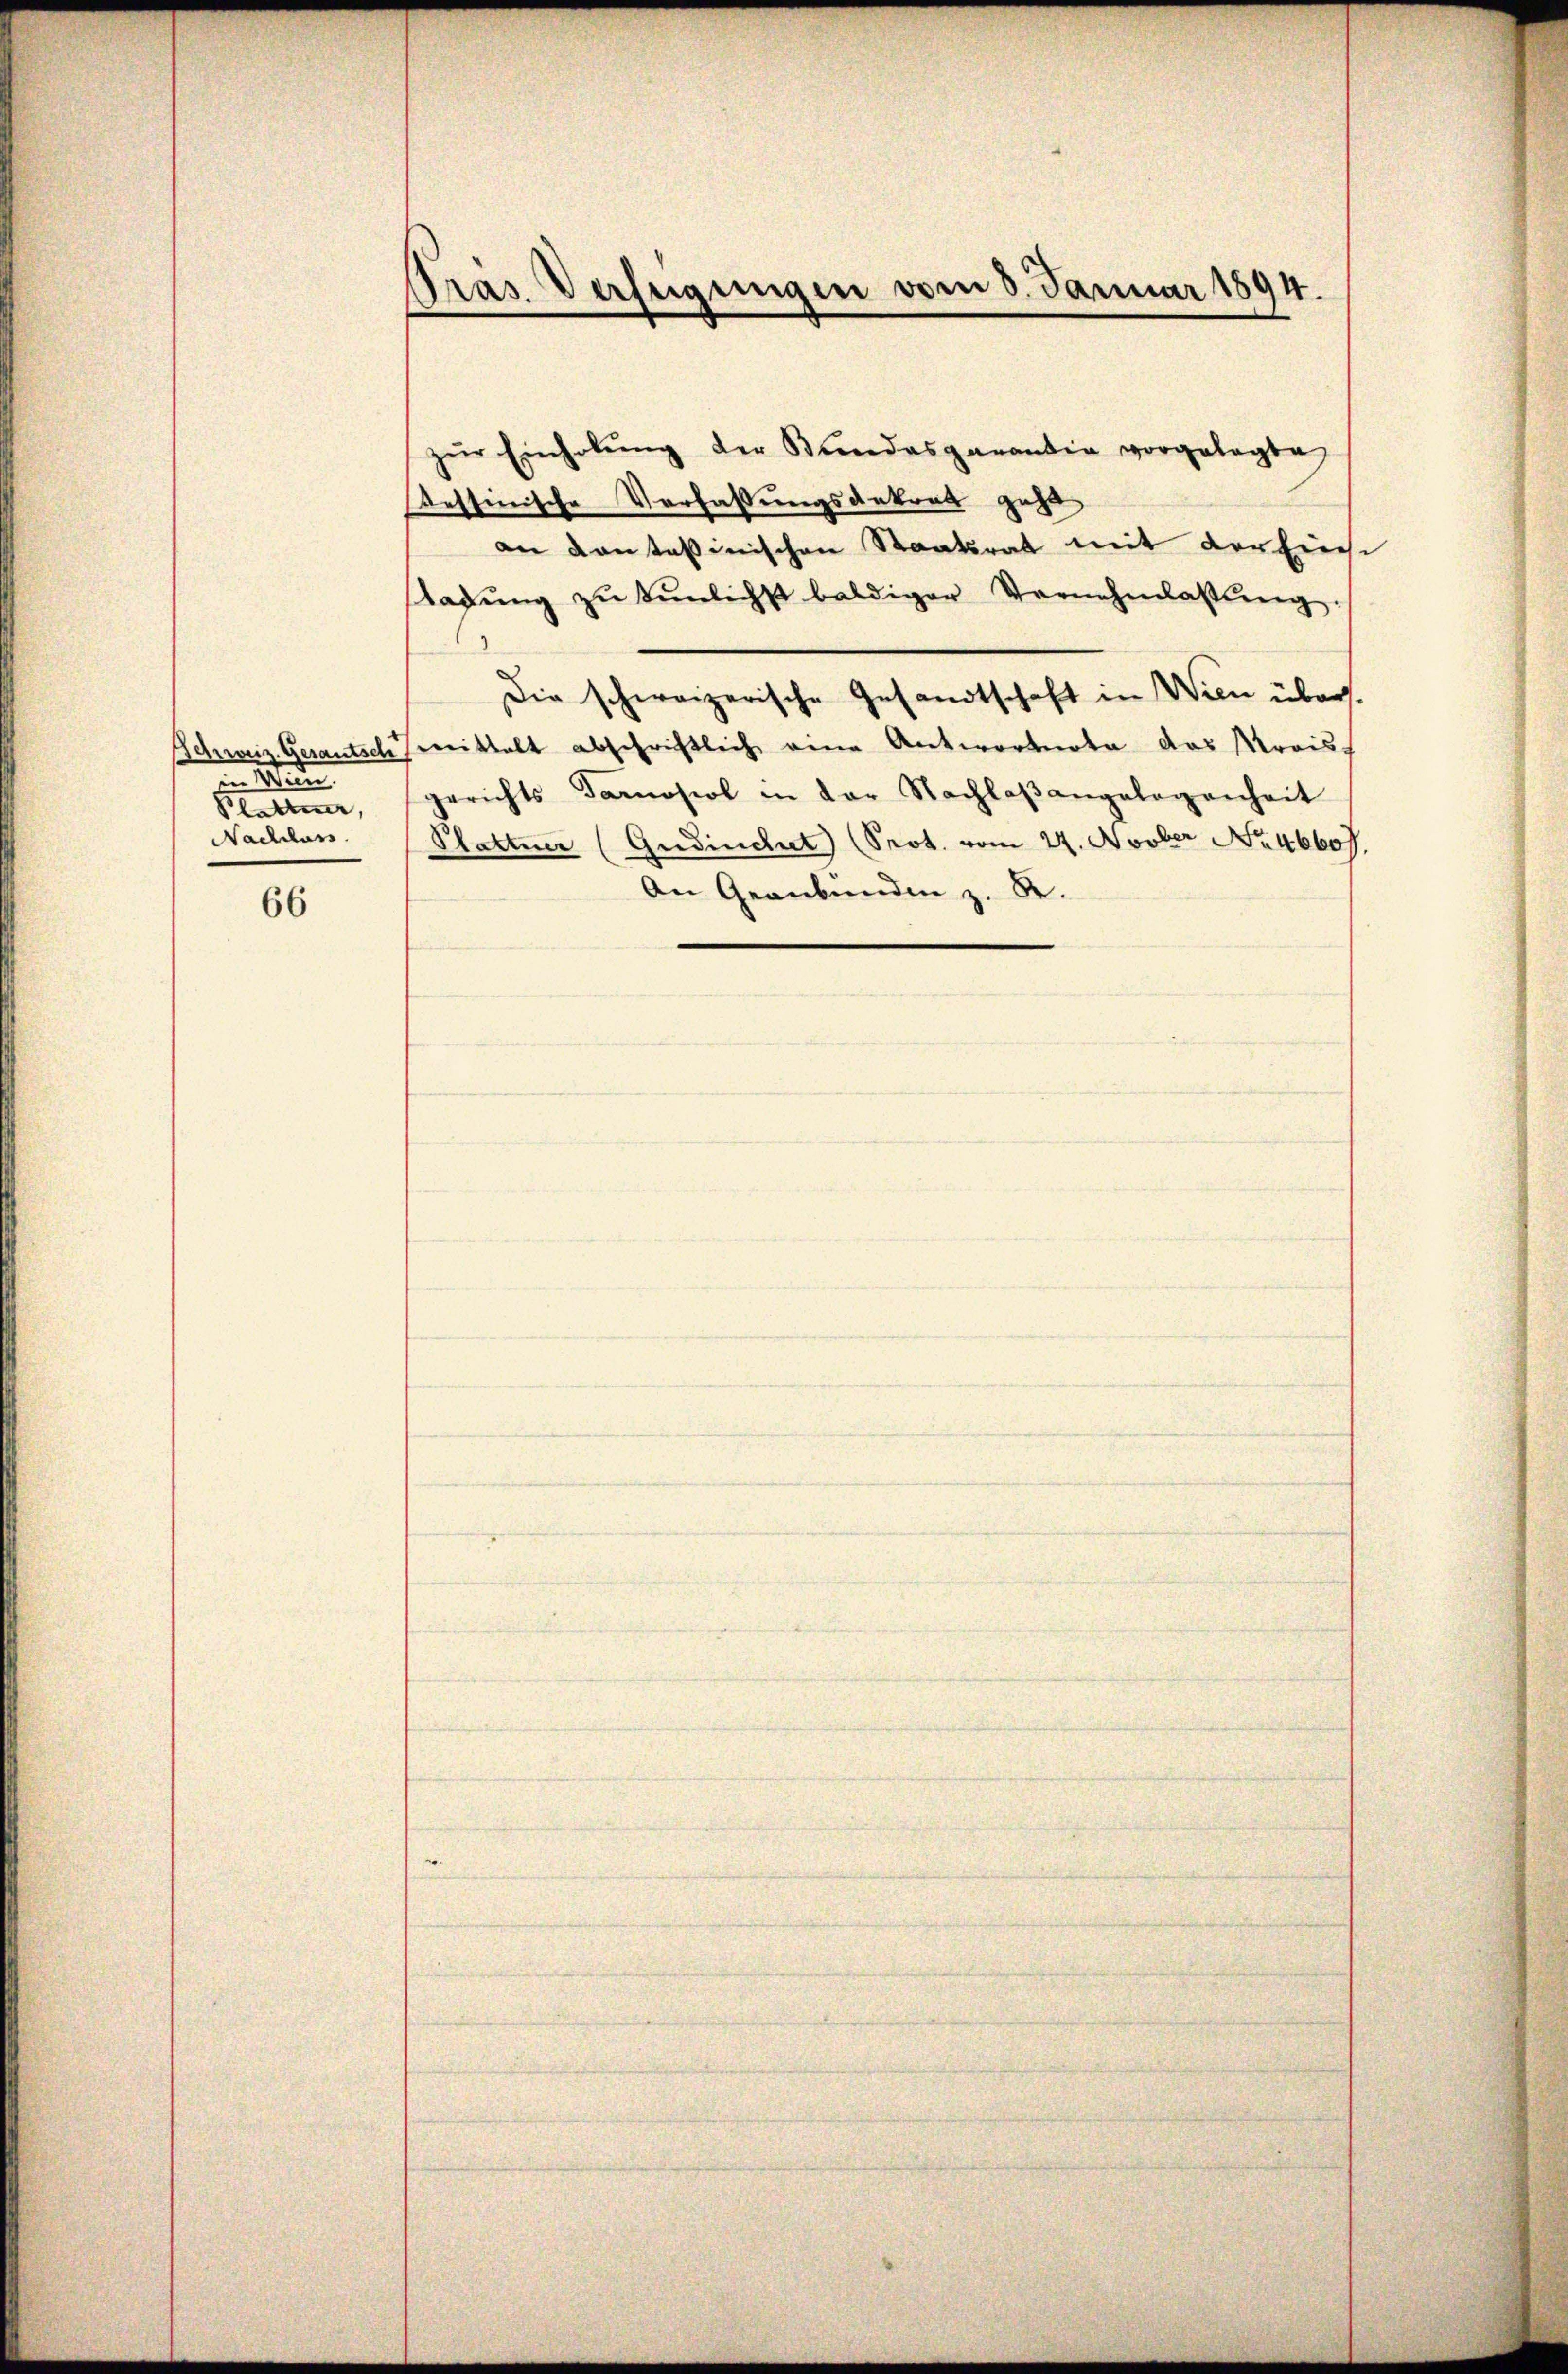
in Marie
Klettener,
Nachluss.

66

Pras Verfügungen vom 8. Januar 1894.

zŭr Einholŭng der Kindesgarantia vorgelegte
Tessinische Verfassungsantrat geht
an vantasinischen Staatsrat mit der Einese
tadŭng zŭ sŭnlichst baldiger Vernehmlassŭng.
2
Die schweizerische Gesandtschaft in Wien über.
Schweiz. Gesautsch Freithalt abschriftlich eine Antwortnata das Krais
gerichts Darosiol in der Nachlaβangelegenheit
Plattner (Gudinchet (Prot. vom 24. Novber No. 46607.
An Graubünden z. B.